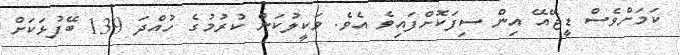
ކަމަށްވެސް ޑީޖޭއޭ އިން ސިފަކޮށްފައިވެ އެވެ. ވަކީލުކަން ކުރުމުގެ ހުއްދަ 139 ބޭފުޅަކަށް